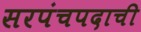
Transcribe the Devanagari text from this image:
सरपंचपदाची